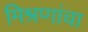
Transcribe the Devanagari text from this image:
मिश्रणांचा